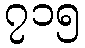
၇၁၅